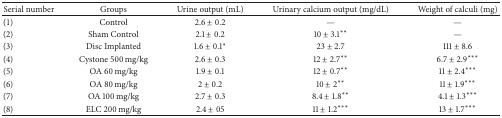
<table><thead><tr><td><b>Serial number</b></td><td><b>Groups</b></td><td><b>Urine output (mL)</b></td><td><b>Urinary calcium output (mg/dL)</b></td><td><b>Weight of calculi (mg)</b></td></tr></thead><tbody><tr><td>(1)</td><td>Control</td><td>2.6 ± 0.2</td><td>—</td><td>—</td></tr><tr><td>(2)</td><td>Sham Control </td><td>2.1 ± 0.2</td><td>10 ± 3.1**</td><td>—</td></tr><tr><td>(3)</td><td>Disc Implanted </td><td>1.6 ± 0.1*</td><td>23 ± 2.7</td><td>111 ± 8.6</td></tr><tr><td>(4)</td><td>Cystone 500 mg/kg</td><td>2.6 ± 0.3</td><td>12 ± 2.7**</td><td>6.7 ± 2.9***</td></tr><tr><td>(5)</td><td>OA 60 mg/kg</td><td>1.9 ± 0.1</td><td>12 ± 0.7**</td><td>11 ± 2.4***</td></tr><tr><td>(6)</td><td>OA 80 mg/kg</td><td>2 ± 0.2</td><td>10 ± 2**</td><td>11 ± 1.9***</td></tr><tr><td>(7)</td><td>OA 100 mg/kg</td><td>2.7 ± 0.3</td><td>8.4 ± 1.8**</td><td>4.1 ± 1.3***</td></tr><tr><td>(8)</td><td>ELC 200 mg/kg</td><td>2.4 ± 05</td><td>11 ± 1.2***</td><td>13 ± 1.7***</td></tr></tbody></table>